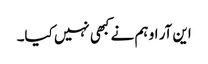
این آر او ہم نے کبھی نہیں کیا۔